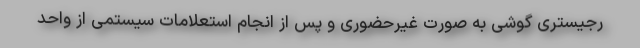
رجیستری گوشی به صورت غیرحضوری و پس از انجام استعلامات سیستمی از واحد